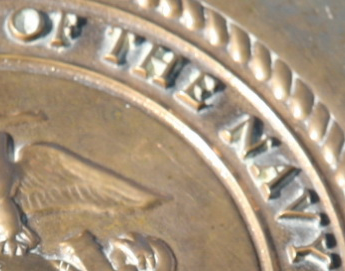
OF THE NAVY